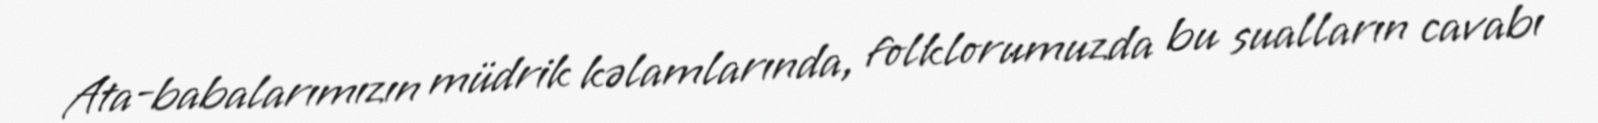
Ata-babalarımızın müdrik kəlamlarında, folklorumuzda bu sualların cavabı